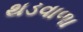
થડવાળા